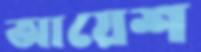
আয়েশ